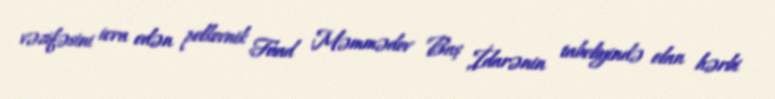
vəzifəsini icra edən polkovnik Fuad Məmmədov Baş İdarənin tabeliyində olan hərbi